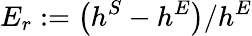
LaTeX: E_{r}:={\left(h^{S}-h^{E}\right)}/{h^{E}}